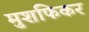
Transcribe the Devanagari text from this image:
मुशफिकर